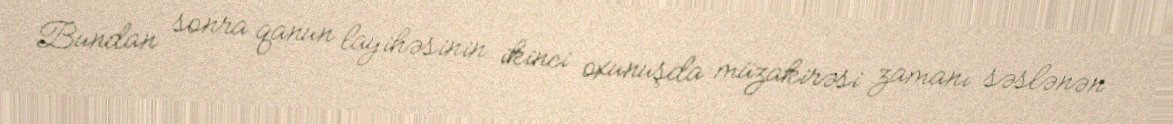
Bundan sonra qanun layihəsinin ikinci oxunuşda müzakirəsi zamanı səslənən